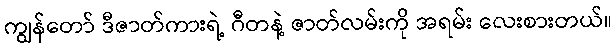
ကျွန်တော် ဒီဇာတ်ကားရဲ့ ဂီတနဲ့ ဇာတ်လမ်းကို အရမ်း လေးစားတယ်။